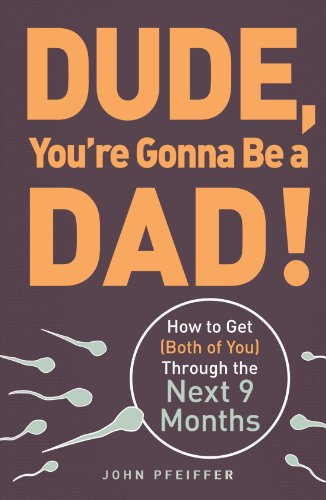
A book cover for Dude, You're Gonna Be a Dad!: How to Get (Both of You) Through the Next 9 Months; John Pfeiffer; Parenting & Relationships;